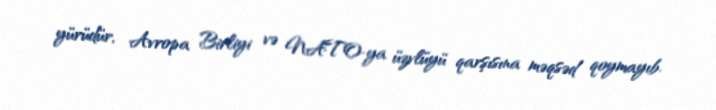
yürüdür, Avropa Birliyi və NATO-ya üzvlüyü qarşısına məqsəd qoymayıb.